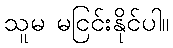
သူမ မငြင်းနိုင်ပါ။